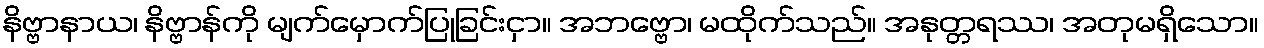
နိဗ္ဗာနာယ၊ နိဗ္ဗာန်ကို မျက်မှောက်ပြုခြင်းငှာ။ အဘဗ္ဗော၊ မထိုက်သည်။ အနုတ္တရဿ၊ အတုမရှိသော။